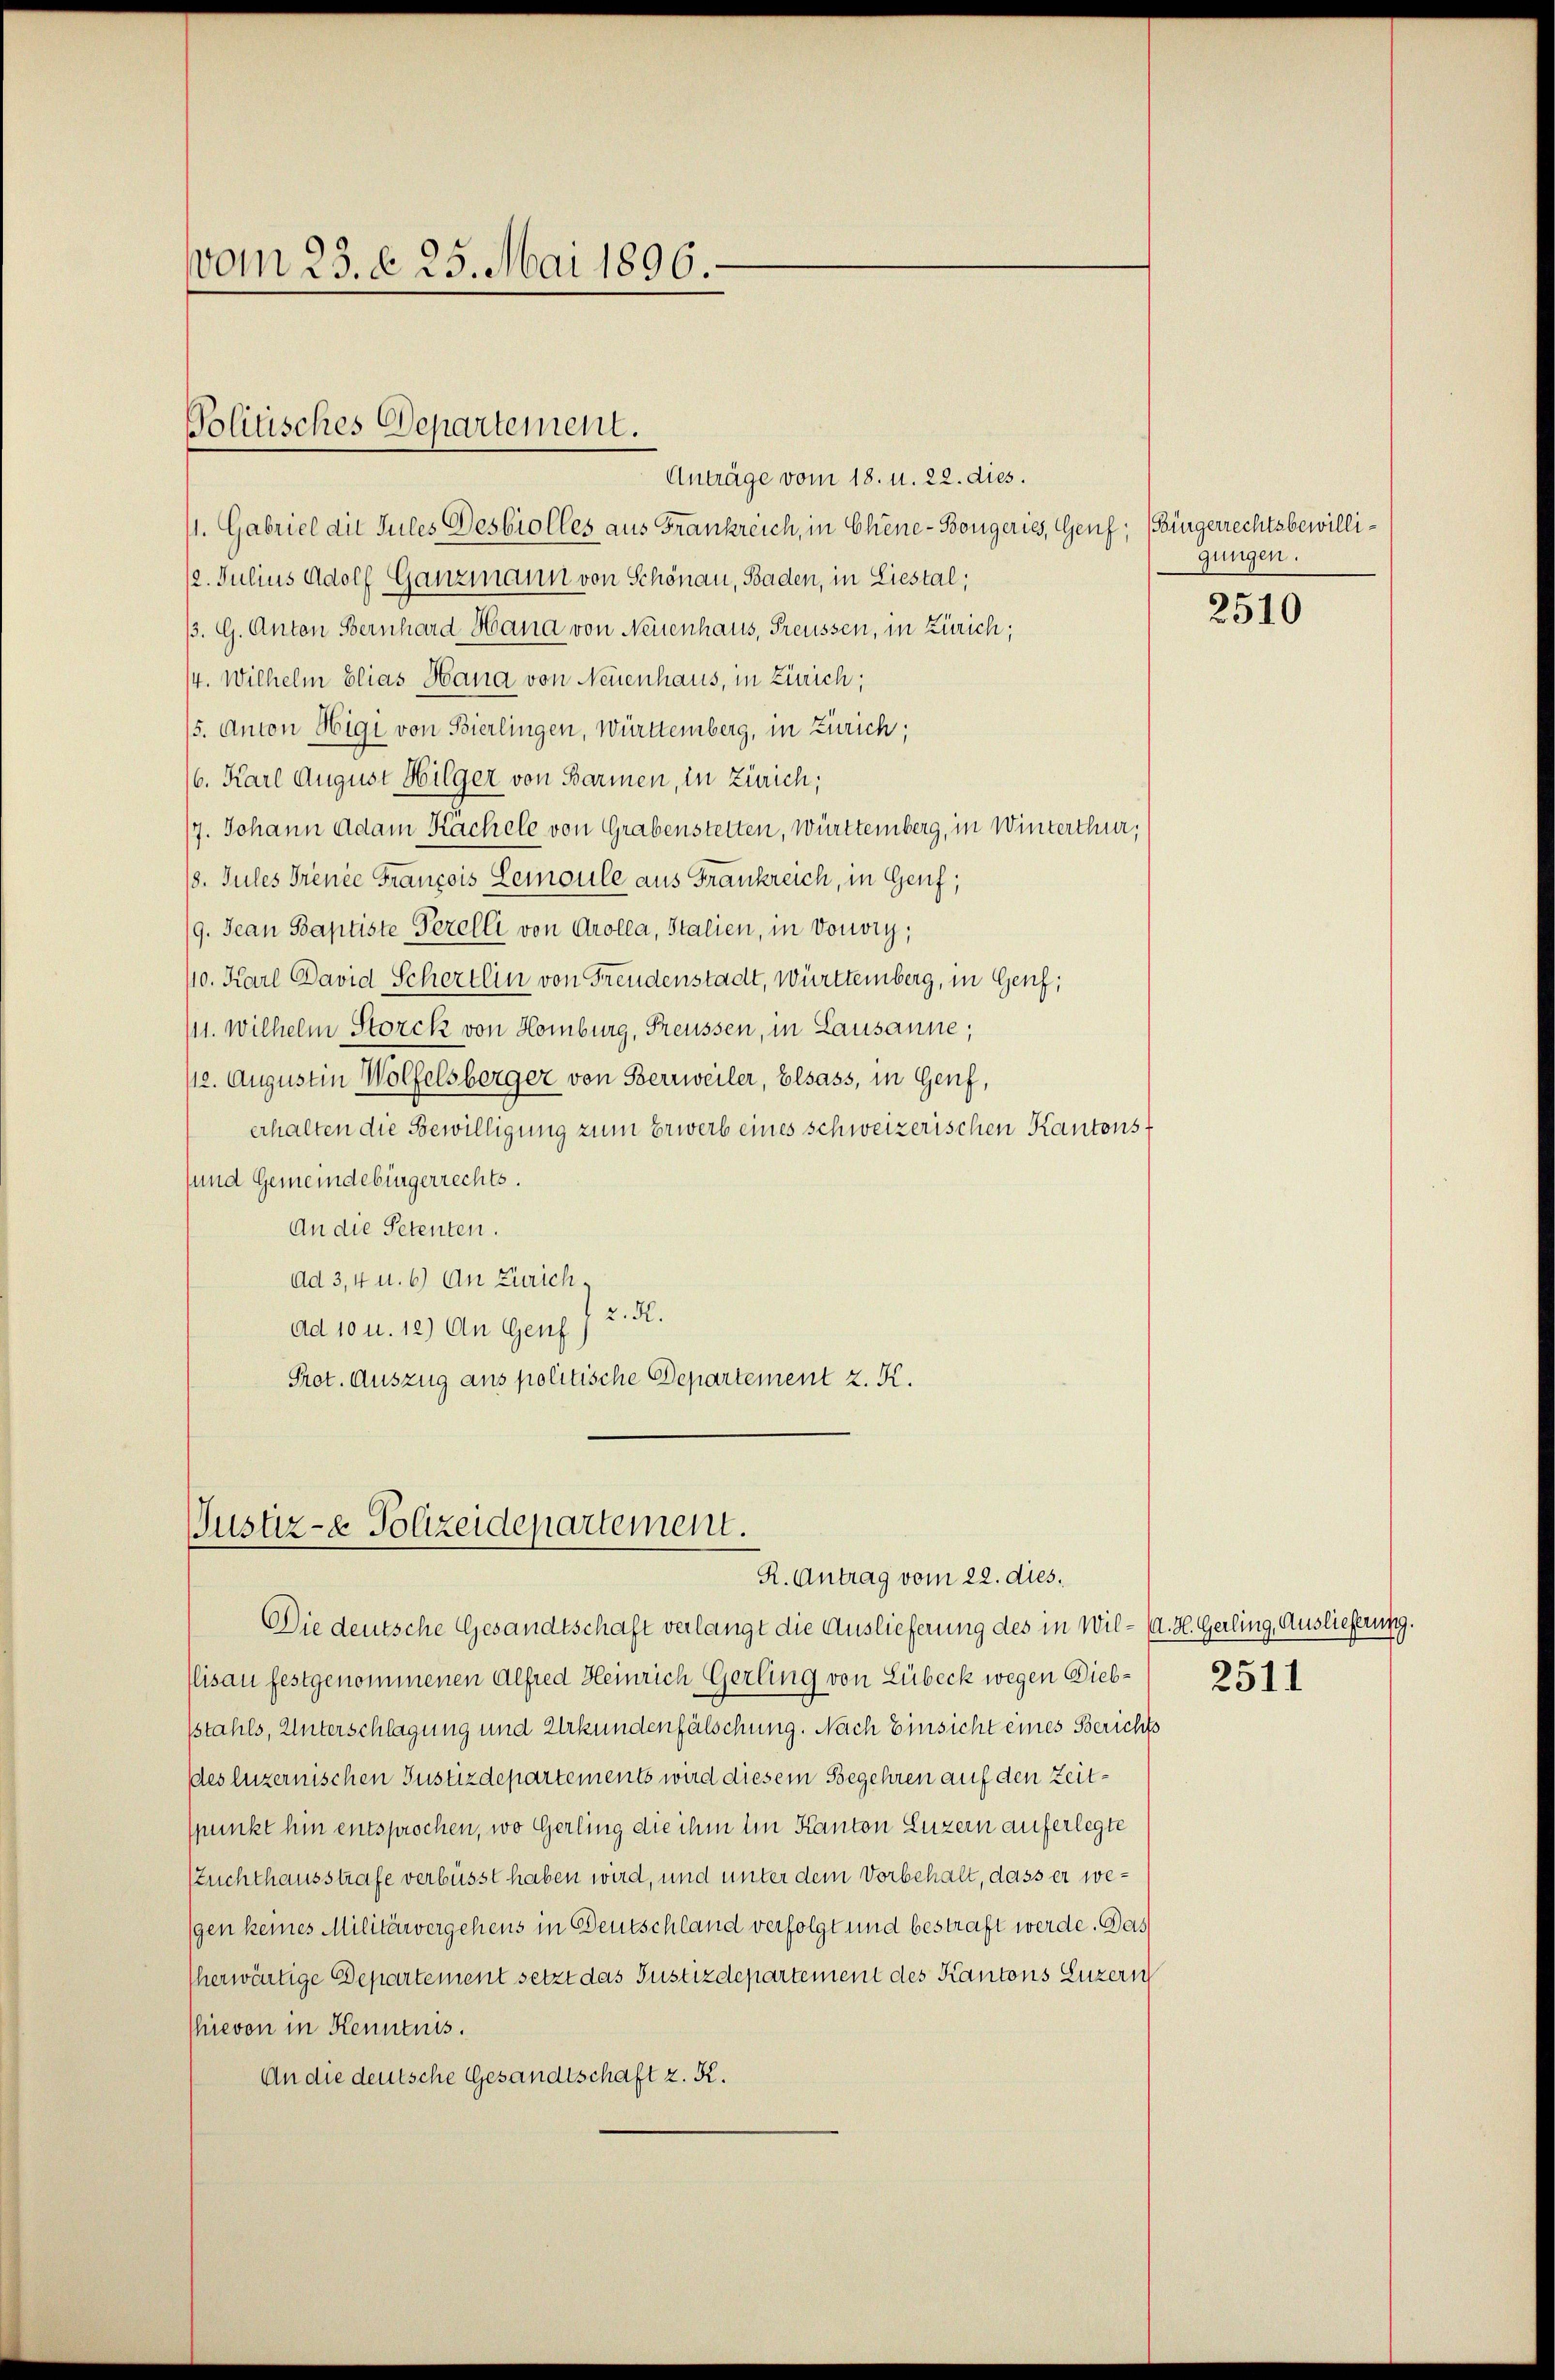
vom 23. d. 25. Mai 1896.

Politisches Departement.

Anträge vom 18. u. 22. dies.
11. Gabriel die Jules Desbiolles aus Frankreich, in Chine-Bougeries, Genf; (Bürgerrechtsbewilli¬
/2. Julius Adolf Ganzmann von Schönau, Baden, in Liestal;
B. G. Anton Bernhard Hana von Neuenhaus, Freussen, in Zürich;
/4. Wilhelm Elias Hana von Neuenhaus, in Zürich;
/5. Anton Higi von Bierlingen, Württemberg, in Zürich;
/6. Karl August Hilger von Barmen, in Zürich;
17. Johann Adam Kächele von Grabenstetten, Württemberg, in Winterthur,
18. Jules Trence François Lemoule aus Frankreich, in Genf;
/9. Jean Baptiste Perelli von Grolla, Stalien, in Vouvry,
10. Karl David Schertlin von Freudenstadt, Württemberg, in Genf;
(11. Wilhelm Storck von Homburg, Freussen, in Lausanne;
112. Augustin Wolfelsberger von Herrweiler, Elsass, in Genf,
erhalten die Bewilligung zum Erwerb eines schweizerischen Kantons¬
und Gemeindebürgerrechts.
An die Petenten.
ad 3, 4 u. 6) An Zürich,
2. d.
ad 10 u. 12) An Genf
Prot. Auszug aus politische Departement z. K.

Justiz- & Polizeidepartement.
R. Antrag vom 22. dies.

Die deutsche Gesandtschaft verlangt die Auslieferung des in Wil- (a. H. Gerling, Auslieferung.
Elisau festgenommenen Alfred Heinrich Gerling von Lübeck wegen Diebstahls, Unterschlagung und Urkundenfälschung. Nach Einsicht eines Berichts
des luzernischen Justizdepartements wird diesem Begehren auf den Zeitspunkt hin entsprochen, wo Gerling die ihm im Kanton Luzern auferlegte
szuchthausstrafe verbüsst haben wird, und unter dem Vorbehalt, dass er wegen keines Militärvergehens in Deutschland verfolgt und bestraft werde. Das
herwärtige Departement setzt das Justizdepartement des Kantons Luzern
Thievon in Kenntnis.
An die deutsche Gesandtschaft z. B.

gungen.

2510

2511